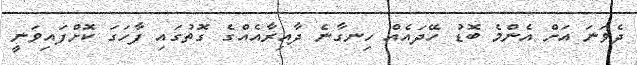
ދެވަނަ އަަށް އެންމެ ބޮޑު ހޭދައެއް ހިނގާނެ ދާއިރާއެއްގެ ގޮތުގައި ފާހަގަ ކޮށްފައިވަނީ